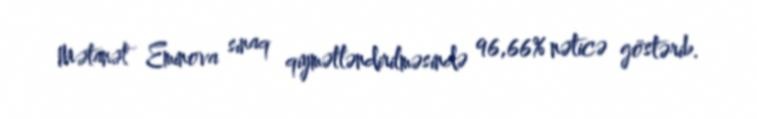
Mətanət Eminova sınaq qiymətləndirilməsində 96,66% nəticə göstərib.